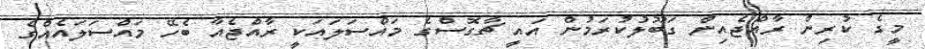
މީގެ ކުރިން ރާއްޖެއިން ގަބޫލުކުރަމުން އައީ ޗާގޮސްގެ މައްސަލައަކީ ރާއްޖެއާ ބެހޭ މައްސަލައެއްގެ